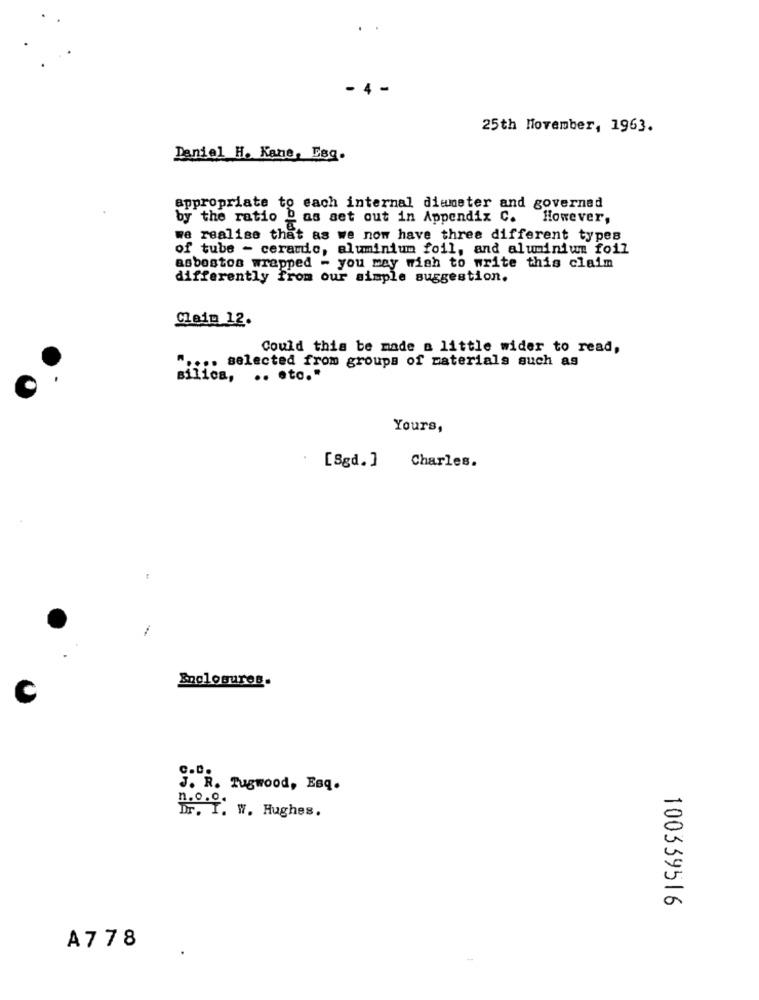
25th November, 1963.
Daniel H. Kane, Esg.
appropriate to each internal diameter and governed
by the ratio o as aet out in Appendix C. However,
we realise that as we now have three different types
of tube - ceramic, aluminium foil, and aluminium foil
asboston wrapped - you may wish to write this claim
differently from our simple suggestion.
Claim 12.
Could this be made a little wider to read,
" .... selected from groups of materials such as
silica, .. eto."
Yours,
Charles.
[8gd. ]
Enclosures.
C
J. R. Tugwood, Esq.
Dr. T. W. Hughes.
100339516
A778